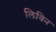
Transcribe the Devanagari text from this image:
लिविन